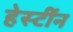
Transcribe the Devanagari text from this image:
हेस्टींन